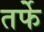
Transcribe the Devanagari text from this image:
तर्फेे